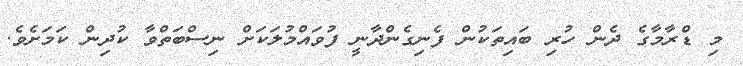
މި ޑްރާމާގެ ދެން ހުރި ބައިތަކުން ފެނިގެންދާނީ ފުވައްމުލަކަށް ނިސްބަތްވާ ކުދިން ކަމަށެވެ.